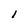
Character: l